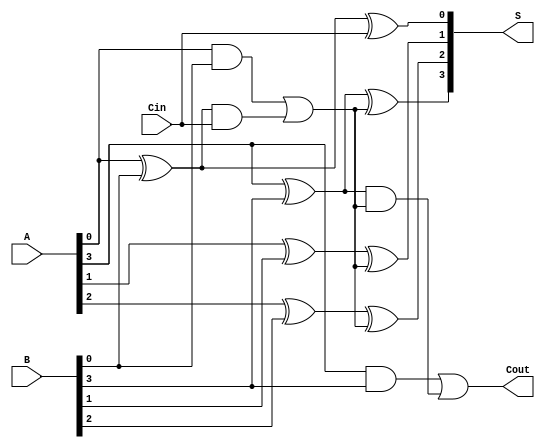
module CLA_4bit (
    input [3:0] A,
    input [3:0] B,
    input Cin,
    output [3:0] S,
    output Cout
);
    wire [3:0] G; // Generate signals
    wire [3:0] P; // Propagate signals
    wire C1; // Carry out from first group
    wire C2; // Carry out from second group

    // Generate and Propagate for the first 4 bits
    assign G[0] = A[0] & B[0];
    assign P[0] = A[0] ^ B[0];
    assign G[1] = A[1] & B[1];
    assign P[1] = A[1] ^ B[1];
    assign G[2] = A[2] & B[2];
    assign P[2] = A[2] ^ B[2];
    assign G[3] = A[3] & B[3];
    assign P[3] = A[3] ^ B[3];

    // Carry out for the first group
    assign C1 = G[0] | (P[0] & Cin);
    
    // Sum for the first group
    assign S[0] = P[0] ^ Cin;
    assign S[1] = P[1] ^ C1;
    assign S[2] = P[2] ^ C1;
    assign S[3] = P[3] ^ C1;

    // Carry out for the second group (if needed)
    // Here we assume a second group for demonstration; you can add more groups as necessary
    // For simplicity, we will assume A and B are 4 bits and we are not adding more groups
    assign Cout = G[3] | (P[3] & C1);

endmodule